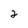
Character: 2